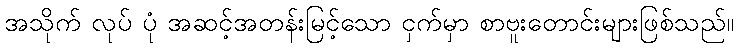
အသိုက် လုပ် ပုံ အဆင့်အတန်းမြင့်သော ငှက်မှာ စာဗူးတောင်းများဖြစ်သည်။